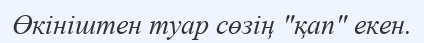
Өкініштен туар сөзің "қап" екен.